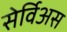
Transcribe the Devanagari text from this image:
सेर्विअस